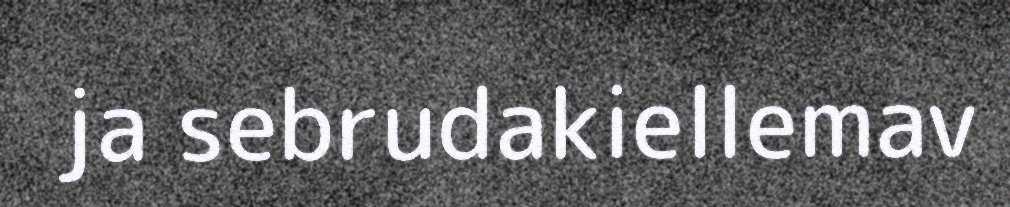
ja sebrudakiellemav